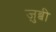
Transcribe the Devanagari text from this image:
ज़ुब्बी